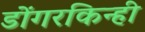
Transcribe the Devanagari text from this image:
डोंगरकिन्ही